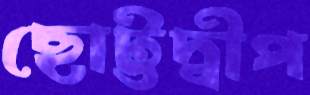
ছোট্টদ্বীপ